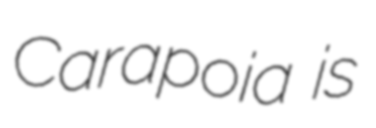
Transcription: Carapoia is